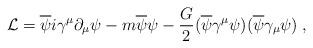
LaTeX: \begin{align*}{\cal L} = \overline{\psi}i\gamma^{\mu}\partial_{\mu}\psi - m\overline{\psi}\psi -\frac{G}{2}(\overline{\psi}\gamma^{\mu}\psi)(\overline{\psi}\gamma_{\mu}\psi)\; ,\end{align*}